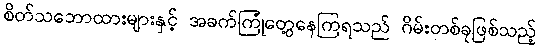
စိတ်သဘောထားများနှင့် အခက်ကြုံတွေ့နေကြရသည် ဂိမ်းတစ်ခုဖြစ်သည့်